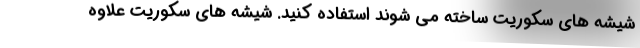
شیشه های سکوریت ساخته می شوند استفاده کنید. شیشه های سکوریت علاوه